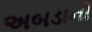
અબડાની